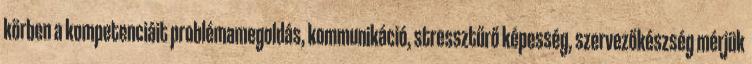
körben a kompetenciáit problémamegoldás, kommunikáció, stressztűrő képesség, szervezőkészség mérjük